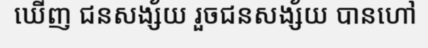
ឃើញ ជនសង្ស័យ រួចជនសង្ស័យ បានហៅ